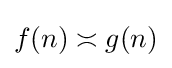
f(n)\asymp g(n)